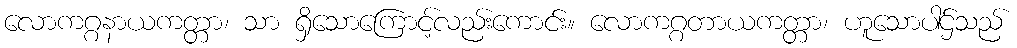
လောကဂ္ဂနာယကတ္တာ၊ သာ ရှိသောကြောင့်လည်းကောင်း။ လောကဂ္ဂတာယကတ္တာ၊ ဟူသောပါဌ်သည်